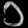
Digit: ၁